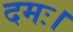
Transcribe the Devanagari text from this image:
दमः।